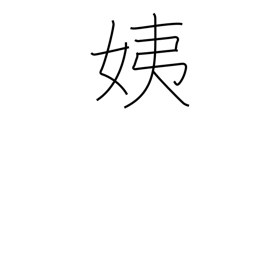
Meaning: younger sister